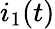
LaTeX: i_{1}(t)